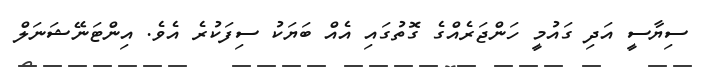
ސިޔާސީ އަދި ގައުމީ ހަންޖަރެއްގެ ގޮތުގައި އެއް ބަޔަކު ސިފަކުރެ އެވެ. އިންޓަނޭޝަނަލް